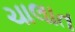
ચાલાત